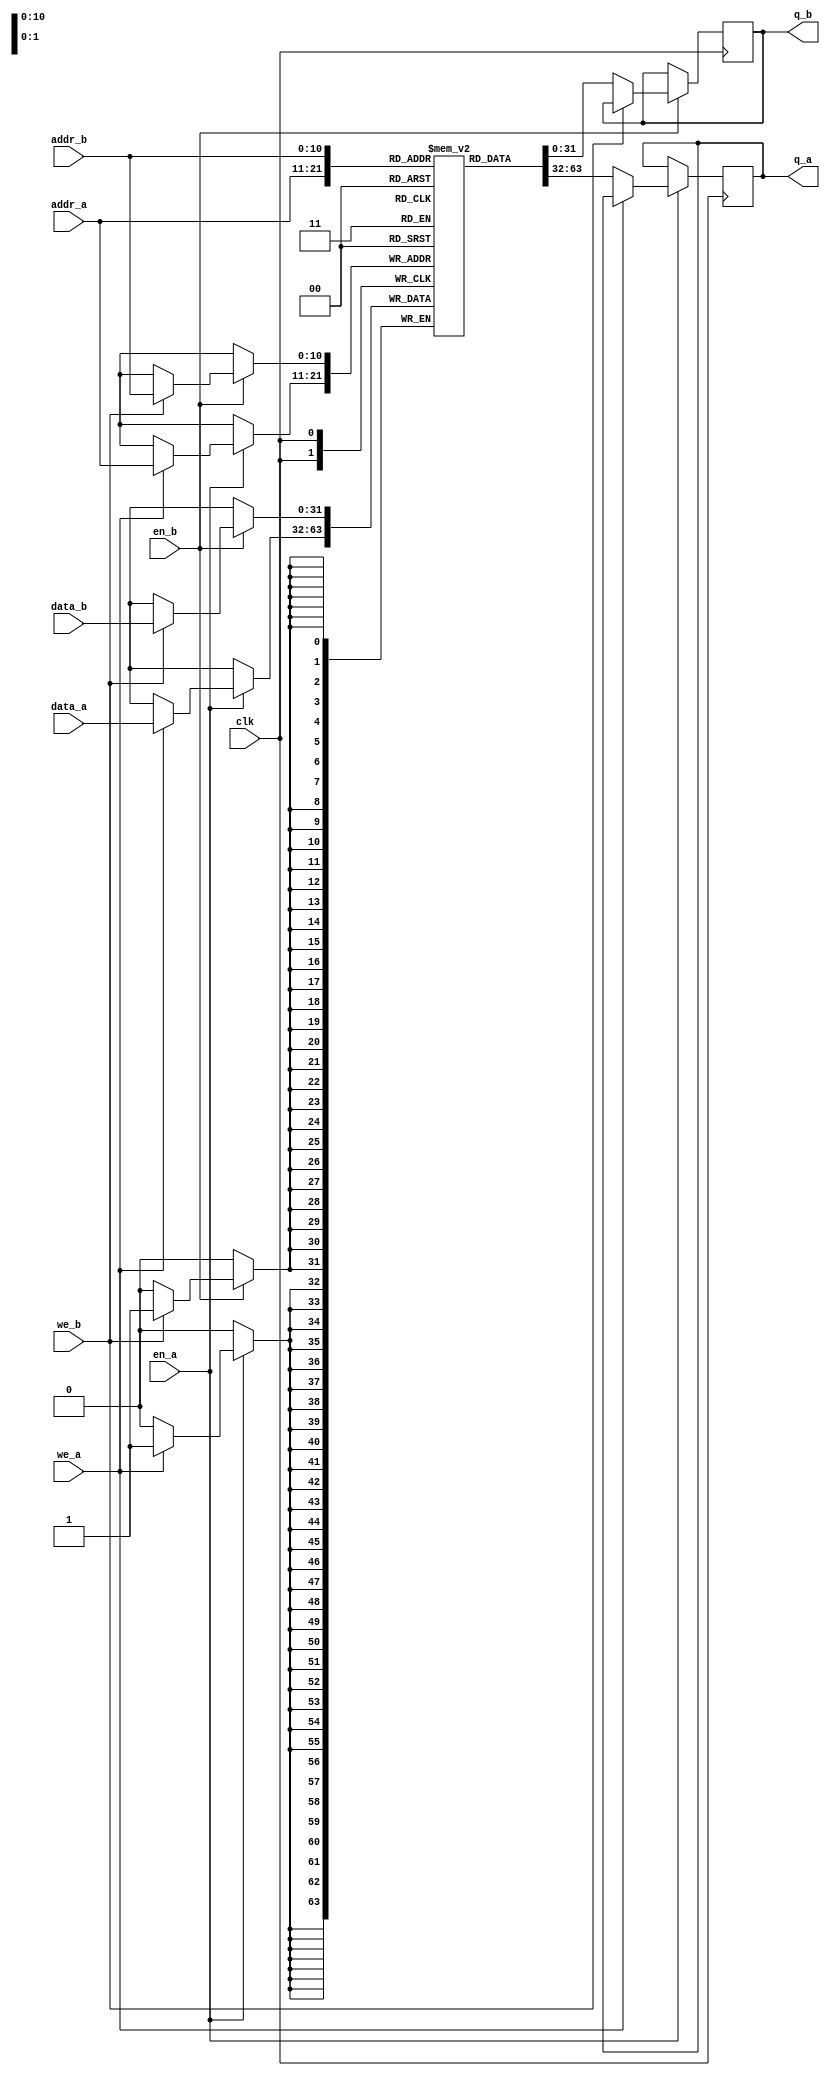
`timescale 1 ns / 1 ps

module iob_tdp_ram 
  #(
    parameter MEM_INIT_FILE="none",
    parameter DATA_W=32,
    parameter ADDR_W=11
    )
   (
    input                     clk,

    input [(DATA_W-1):0]      data_a,
    input [(ADDR_W-1):0]      addr_a,
    input                     en_a,
    input                     we_a,
    output reg [(DATA_W-1):0] q_a,
    
    input [(DATA_W-1):0]      data_b,
    input [(ADDR_W-1):0]      addr_b,
    input                     en_b,
    input                     we_b,
    output reg [(DATA_W-1):0] q_b
    );

   //this allows ISE 14.7 to work; do not remove
   localparam mem_init_file_int = MEM_INIT_FILE;

   
   // Declare the RAM
   reg [DATA_W-1:0] 			       ram[2**ADDR_W-1:0];

   // Initialize the RAM
   initial 
     if(mem_init_file_int != "none")
       $readmemh(MEM_INIT_FILE, ram, 0, 2**ADDR_W - 1);

   always @ (posedge clk) // Port A
     if (en_a)
       if (we_a)
	 ram[addr_a] <= data_a;
       else
	 q_a <= ram[addr_a];

   always @ (posedge clk) // Port B
     if (en_b)
       if (we_b)
	 ram[addr_b] <= data_b;
       else
	 q_b <= ram[addr_b];

 endmodule